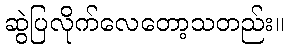
ဆွဲပြလိုက်လေတော့သတည်း။